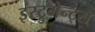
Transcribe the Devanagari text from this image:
इंस्ट्रुमेन्ट्स